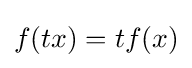
{\textstyle f(tx)=tf(x)}